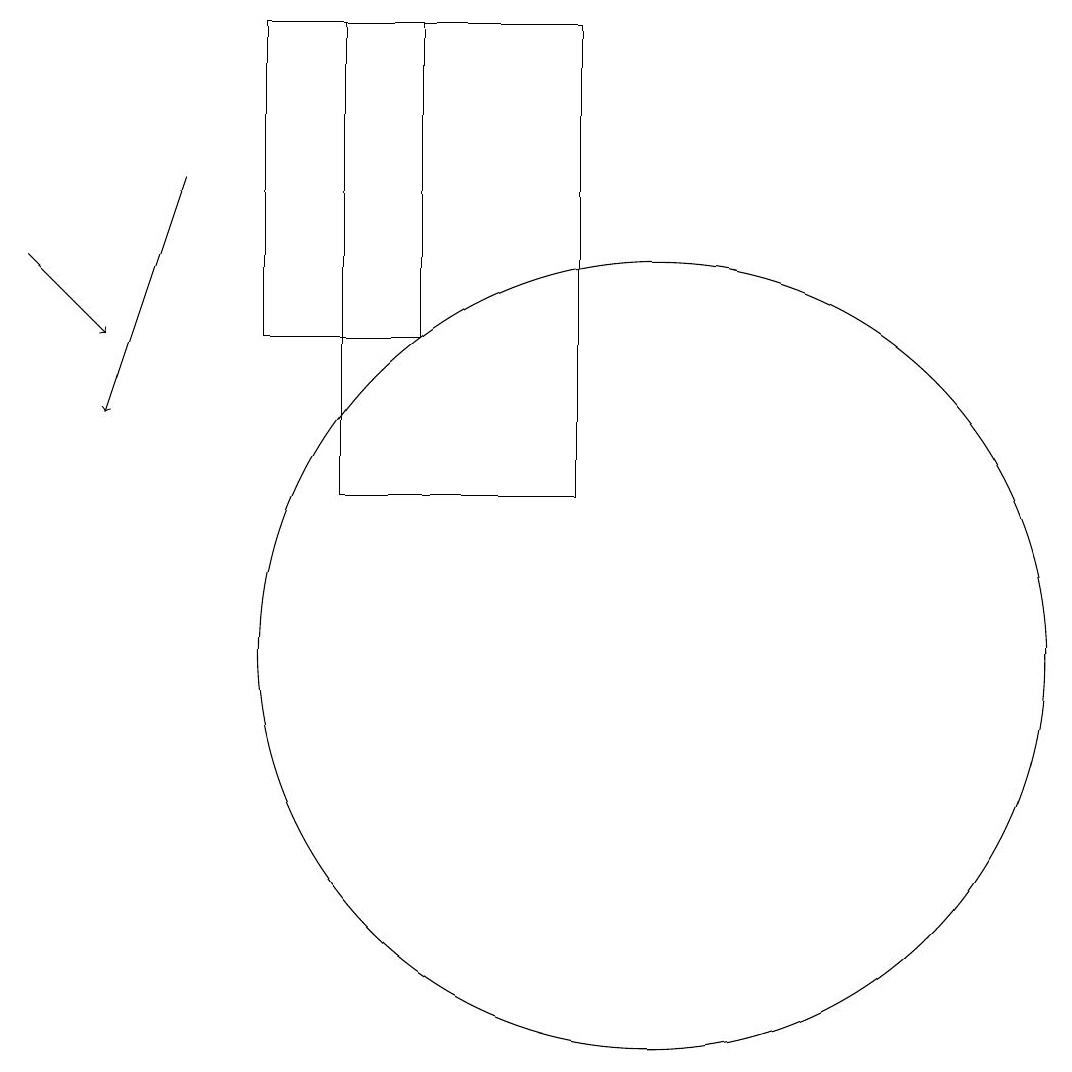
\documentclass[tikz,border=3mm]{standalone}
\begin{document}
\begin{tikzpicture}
\draw[->] (2,15) -- (3,14);
\draw (10,10) circle (5);
\draw (9,12) rectangle (6,18);
\draw[->] (4,16) -- (3,13);
\draw (5,14) rectangle (7,18);
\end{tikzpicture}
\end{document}